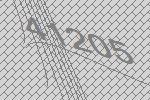
41205